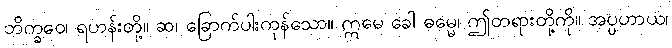
ဘိက္ခဝေ၊ ရဟန်းတို့။ ဆ၊ ခြောက်ပါးကုန်သော။ ဣမေ ခေါ ဓမ္မေ၊ ဤတရားတို့ကို။ အပ္ပဟာယ၊